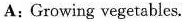
A:Growing vegetables.